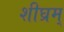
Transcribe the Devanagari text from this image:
शीघ्रम्